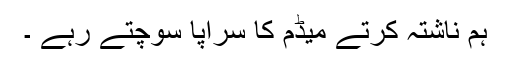
ہم ناشتہ کرتے میڈم کا سراپا سوچتے رہے ۔